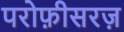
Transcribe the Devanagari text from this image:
परोफ़ीसरज़